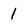
Character: 1